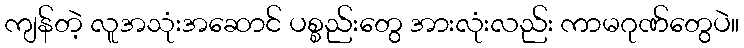
ကျန်တဲ့ လူအသုံးအဆောင် ပစ္စည်းတွေ အားလုံးလည်း ကာမဂုဏ်တွေပဲ။